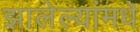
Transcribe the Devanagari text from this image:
झालेल्यांमधे